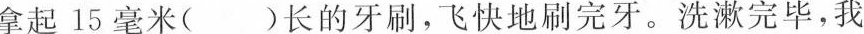
拿起\underline{15毫米}( )长的牙刷，飞快地刷完牙。洗漱完毕，我